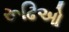
રૂઢિઓ